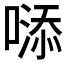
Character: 𠻹